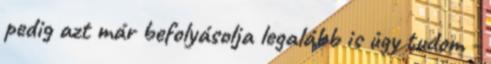
pedig azt már befolyásolja legalább is úgy tudom -